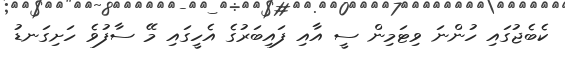
ކެބެޖުގައި ހުންނަ ވިޓަމިން ސީ އާއި ފައިބަރުގެ އެހީގައި މޭ ސާފުވެ ހަށިގަނޑު